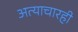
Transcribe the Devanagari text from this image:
अत्याचारही